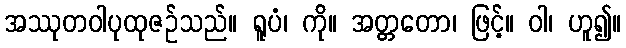
အဿုတဝါပုထုဇဉ်သည်။ ရူပံ၊ ကို။ အတ္တတော၊ ဖြင့်။ ဝါ၊ ဟူ၍။